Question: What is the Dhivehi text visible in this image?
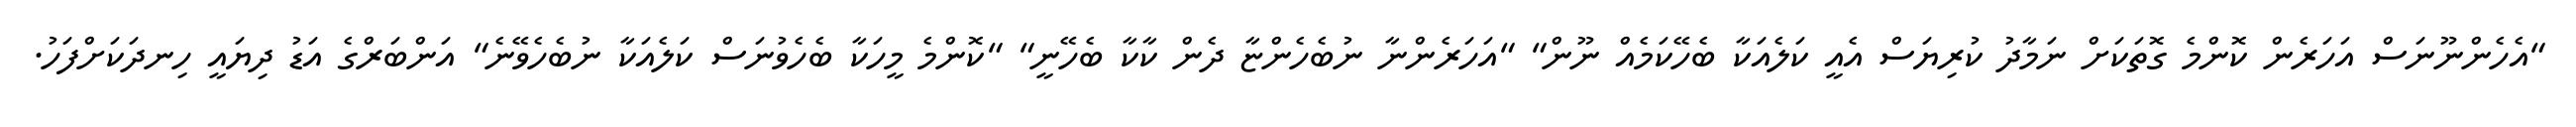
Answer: "އެހެންނޫނަސް އަހަރެން ކޮންމެ ގޮތަކަށް ނަމާދު ކުރިޔަސް އެއީ ކަލެއަކާ ބެހޭކަމެއް ނޫން" "އަހަރެންނާ ނުބެހެންޏާ ދެން ކާކާ ބެހޭނީ" "ކޮންމެ މީހަކާ ބެހެވުނަސް ކަލެއަކާ ނުބެހެވޭނެ" އަންބަރްގެ އަޑު ދިޔައީ ހިނދަކަށްފަހު.